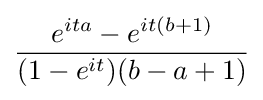
{\frac {e^{ita}-e^{it(b+1)}}{(1-e^{it})(b-a+1)}}